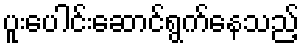
ပူးပေါင်းဆောင်ရွက်နေသည့်